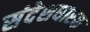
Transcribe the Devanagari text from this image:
संदेशधारक